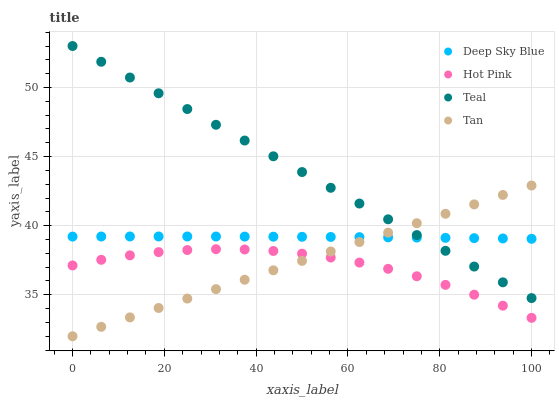
| xaxis_label | Deep Sky Blue | Hot Pink | Teal | Tan |
 | --- | --- | --- | --- | --- |
 | 0 | 39.2 | 37.1 | 53 | 32 |
 | 6.25 | 39.2 | 37.5 | 51.9 | 32.7 |
 | 12.5 | 39.2 | 37.9 | 50.7 | 33.4 |
 | 18.8 | 39.2 | 38.1 | 49.6 | 34 |
 | 25 | 39.2 | 38.2 | 48.4 | 34.7 |
 | 31.2 | 39.2 | 38.3 | 47.3 | 35.4 |
 | 37.5 | 39.2 | 38.3 | 46.2 | 36.1 |
 | 43.8 | 39.2 | 38.2 | 45 | 36.8 |
 | 50 | 39.2 | 38 | 43.9 | 37.5 |
 | 56.2 | 39.2 | 37.7 | 42.7 | 38.1 |
 | 62.5 | 39.2 | 37.3 | 41.6 | 38.8 |
 | 68.8 | 39.2 | 36.9 | 40.5 | 39.5 |
 | 75 | 39.1 | 36.3 | 39.3 | 40.2 |
 | 81.2 | 39.1 | 35.7 | 38.2 | 40.9 |
 | 87.5 | 39.1 | 35 | 37 | 41.5 |
 | 93.8 | 39.1 | 34.2 | 35.9 | 42.2 |
 | 100 | 39.1 | 33.3 | 34.8 | 42.9 |